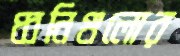
ধ্বনিগুলোর